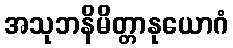
အသုဘနိမိတ္တာနုယောဂံ